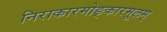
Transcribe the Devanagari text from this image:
निराकारमोङ्कारमूलम्